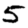
Digit: 5